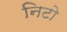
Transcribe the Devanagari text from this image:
निटो